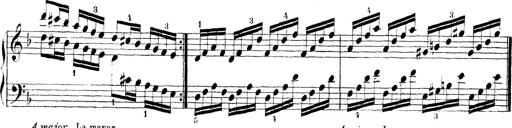
Title: Technische Studien
Composer: Franz Liszt